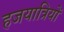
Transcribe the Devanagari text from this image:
हजयात्रियों